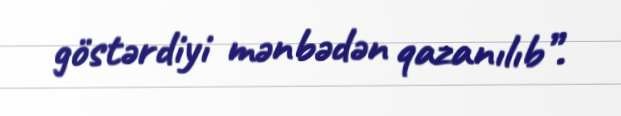
göstərdiyi mənbədən qazanılıb”.